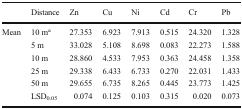
|  | Distance | Zn | Cu | Ni | Cd | Cr | Pb |
 | --- | --- | --- | --- | --- | --- | --- | --- |
 | <ROWSPAN=5> Mean | 10 ma | 27.353 | 6.923 | 7.913 | 0.515 | 24.320 | 1.328 |
 | 5 m | 33.028 | 5.108 | 8.698 | 0.083 | 22.273 | 1.588 |
 | 10 m | 28.860 | 4.533 | 7.953 | 0.363 | 24.458 | 1.358 |
 | 25 m | 29.338 | 6.433 | 6.733 | 0.270 | 22.031 | 1.433 |
 | 50 m | 29.655 | 6.735 | 8.265 | 0.445 | 23.773 | 1.425 |
 |  | LSD0.05 | 0.074 | 0.125 | 0.103 | 0.315 | 0.020 | 0.073 |